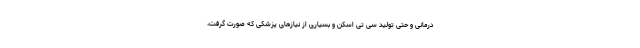
درمانی و حتی تولید سی تی اسکن و بسیاری از نیازهای پزشکی که صورت گرفت،